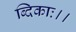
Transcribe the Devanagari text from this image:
ब्दिकाः।।